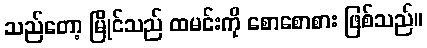
သည်တော့ မြိုင်သည် ထမင်းကို စောစောစား ဖြစ်သည်။